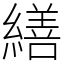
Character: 繕